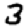
Digit: 3